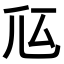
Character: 𠂧